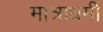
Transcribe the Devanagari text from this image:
मात्राधर्मी